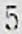
5